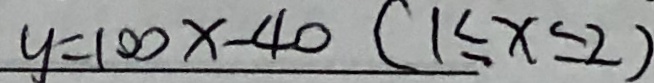
y = 1 0 0 x - 4 0 ( 1 \leq x \leq 2 )